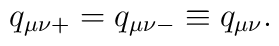
q_{\mu\nu +} = q_{\mu\nu -} \equiv q_{\mu\nu}.